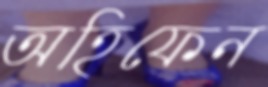
অহিফেন